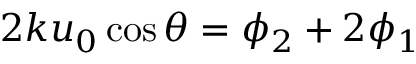
2 k u _ { 0 } \cos \theta = \phi _ { 2 } + 2 \phi _ { 1 }